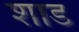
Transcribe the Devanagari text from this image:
शाड